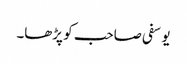
یوسفی صاحب کو پڑھا۔